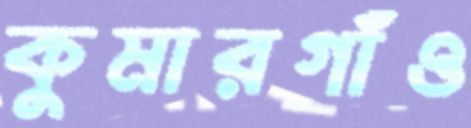
কুমারগাঁও